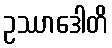
ဥဿာဒေါတိ